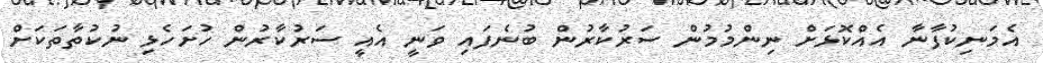
އެމަނިކުފާނާ އެއްކޮޅަށް ނިންމުމުން ސަރުކާރުން ބުނެފައި ވަނީ އެއީ ސަރުކާރުން ހުށަހެޅި ނުކުތާތަކަށް